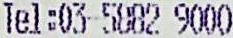
TEL : 03-5882 9000